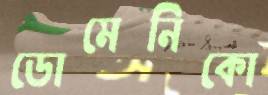
ডোমেনিকো